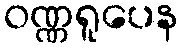
ဝဏ္ဏရူပေန